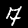
Digit: 7